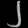
Digit: ၂